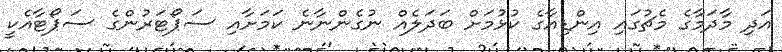
އަދި މާދަމާގެ މެޗުގައި އިންޑިއާގެ ކުޅުމަށް ބަދަލެއް ނުގެންނާނެ ކަމަށާއި ސަޕޯޓަރުންގެ ސަޕޯޓާއެކީ